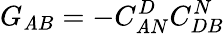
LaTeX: G_{\mathit{A}B}=-C_{\mathit{A}N}^{D}C_{DB}^{N}